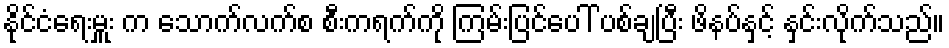
နိုင်ငံရေးမှူး က သောက်လက်စ စီးကရက်ကို ကြမ်းပြင်ပေါ် ပစ်ချပြီး ဖိနပ်နှင့် နှင်းလိုက်သည်။